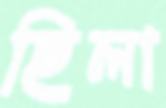
ছিলা